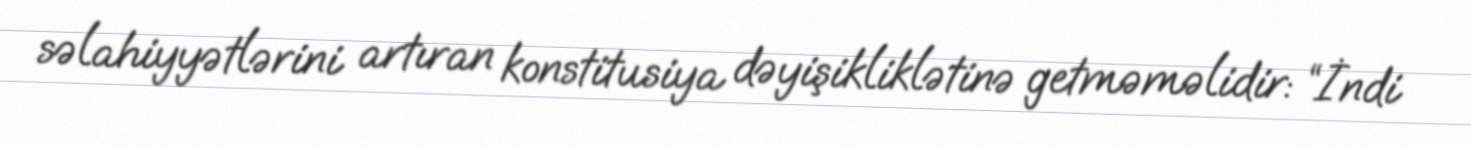
səlahiyyətlərini artıran konstitusiya dəyişikliklətinə getməməlidir: “İndi